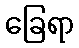
ခြေရာ